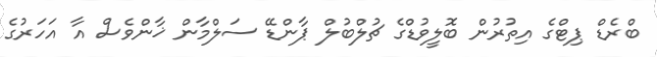
ބްރެޑް ޕިޓްގެ އިތުރުން ބޮލީވުޑްގެ ޗުލްބުލް ޕާންޑޭ ސަލްމާން ޚާންވެސް އާ އަހަރުގެ